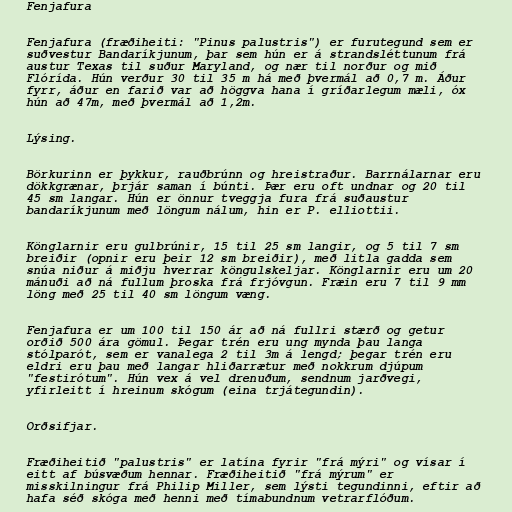
Fenjafura

Fenjafura (fræðiheiti: "Pinus palustris") er furutegund sem er
suðvestur Bandaríkjunum, þar sem hún er á strandsléttunum frá
austur Texas til suður Maryland, og nær til norður og mið
Flórída. Hún verður 30 til 35 m há með þvermál að 0,7 m. Áður
fyrr, áður en farið var að höggva hana í gríðarlegum mæli, óx
hún að 47m, með þvermál að 1,2m.

Lýsing.

Börkurinn er þykkur, rauðbrúnn og hreistraður. Barrnálarnar eru
dökkgrænar, þrjár saman í búnti. Þær eru oft undnar og 20 til
45 sm langar. Hún er önnur tveggja fura frá suðaustur
bandaríkjunum með löngum nálum, hin er P. elliottii.

Könglarnir eru gulbrúnir, 15 til 25 sm langir, og 5 til 7 sm
breiðir (opnir eru þeir 12 sm breiðir), með litla gadda sem
snúa niður á miðju hverrar köngulskeljar. Könglarnir eru um 20
mánuði að ná fullum þroska frá frjóvgun. Fræin eru 7 til 9 mm
löng með 25 til 40 sm löngum væng.

Fenjafura er um 100 til 150 ár að ná fullri stærð og getur
orðið 500 ára gömul. Þegar trén eru ung mynda þau langa
stólparót, sem er vanalega 2 til 3m á lengd; þegar trén eru
eldri eru þau með langar hliðarrætur með nokkrum djúpum
"festirótum". Hún vex á vel drenuðum, sendnum jarðvegi,
yfirleitt í hreinum skógum (eina trjátegundin).

Orðsifjar.

Fræðiheitið "palustris" er latína fyrir "frá mýri" og vísar í
eitt af búsvæðum hennar. Fræðiheitið "frá mýrum" er
misskilningur frá Philip Miller, sem lýsti tegundinni, eftir að
hafa séð skóga með henni með tímabundnum vetrarflóðum.